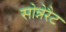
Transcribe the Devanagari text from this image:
सोन्नेरैट